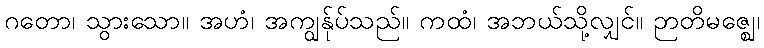
ဂတော၊ သွားသော။ အဟံ၊ အကျွန်ုပ်သည်။ ကထံ၊ အဘယ်သို့လျှင်။ ဉာတိမဇ္ဈေ၊